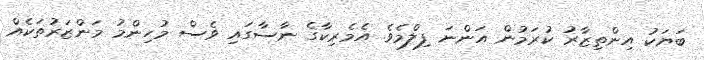
ބަޔަކު އިންތިޒާރު ކުރަމުން އަންނަ ފިލްމެވެ. އެމެރިކާގެ ނާސާގައި ވެސް މުހިންމު މަންޒަރުތަކެއް